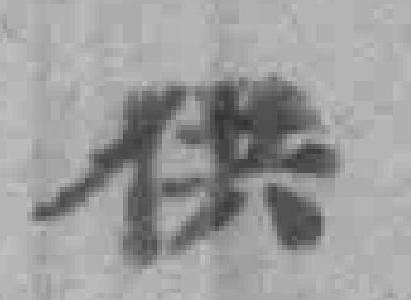
供